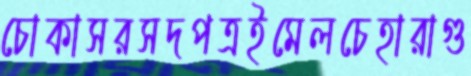
চোকাসরসদপত্রইমেলচেহারাগু